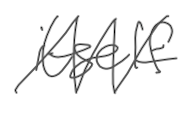
Text: itself
Cross-out: zig-zag
Writing tool: digital_gray